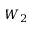
W _ { 2 }